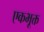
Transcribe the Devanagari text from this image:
एकभूक्त